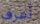
أعرف